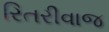
રિતરીવાજ